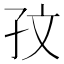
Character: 𪦹